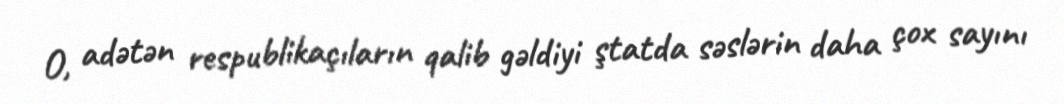
O, adətən respublikaçıların qalib gəldiyi ştatda səslərin daha çox sayını